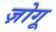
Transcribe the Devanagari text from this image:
ज़ोगू